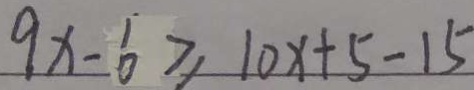
9 x - 6 \geq 1 0 x + 5 - 1 5